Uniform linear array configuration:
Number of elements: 32
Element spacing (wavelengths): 0.25
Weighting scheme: binomial
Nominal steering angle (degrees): -30
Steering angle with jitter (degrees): -31.936
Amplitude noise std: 0.05
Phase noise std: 0.05

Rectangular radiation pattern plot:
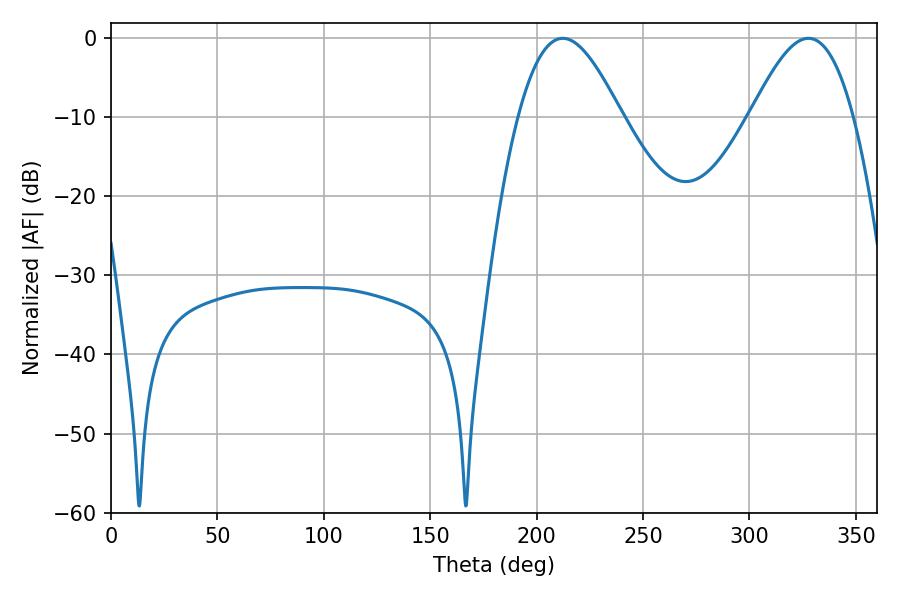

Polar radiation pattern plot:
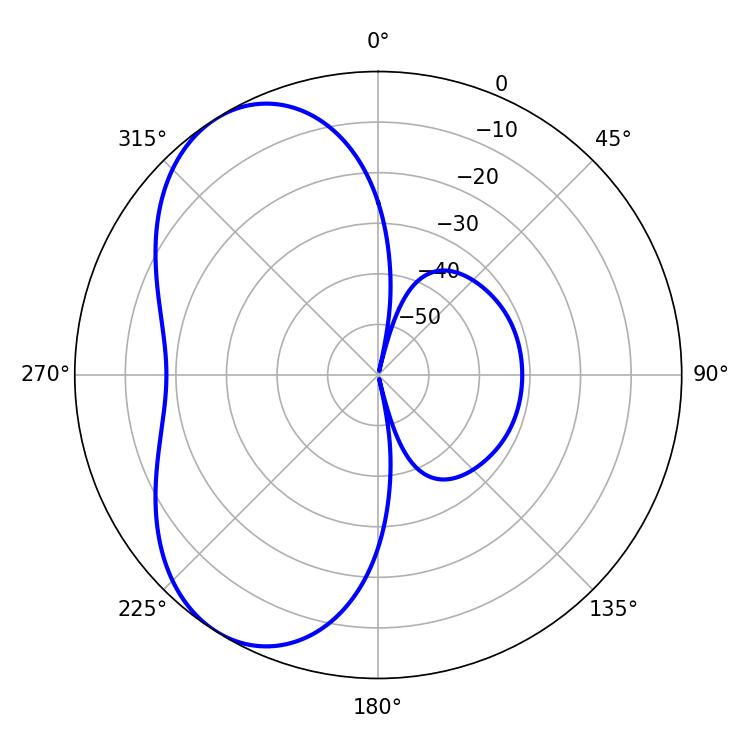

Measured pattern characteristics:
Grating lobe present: FALSE
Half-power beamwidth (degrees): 25.92
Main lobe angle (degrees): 212.22